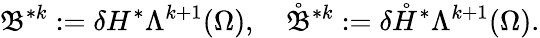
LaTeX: \mathfrak{B}^{\ast k}:=\delta H^{\ast}\Lambda^{k+1}(\Omega),\quad\mathring{\mathfrak{B}}^{\ast k}:=\delta\mathring{H}^{\ast}\Lambda^{k+1}(\Omega).